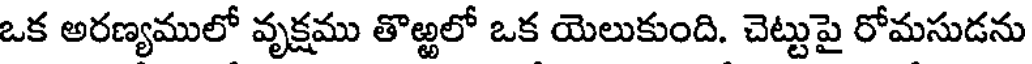
ఒక అరణ్యములో వృక్షము తొఱ్ఱలో ఒక యెలుకుంది. చెట్టుపై రోమసుడను